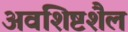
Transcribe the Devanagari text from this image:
अवशिष्टशैल